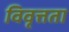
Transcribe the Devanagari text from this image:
विवृत्तता